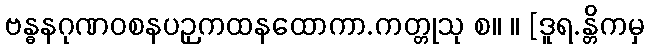
ဗန္ဓနဂုဏဝစနပဉှကထနထောကာ.ကတ္တုသု စ။ ။ [ဒူရ.န္တိကမှ